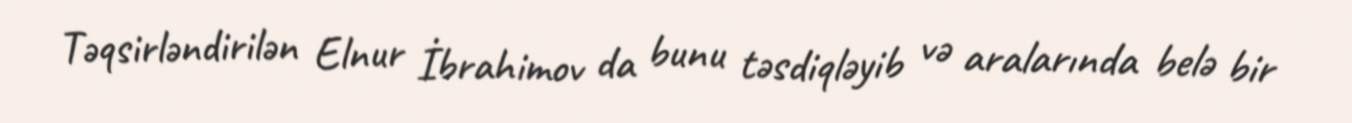
Təqsirləndirilən Elnur İbrahimov da bunu təsdiqləyib və aralarında belə bir